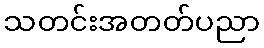
သတင်းအတတ်ပညာ